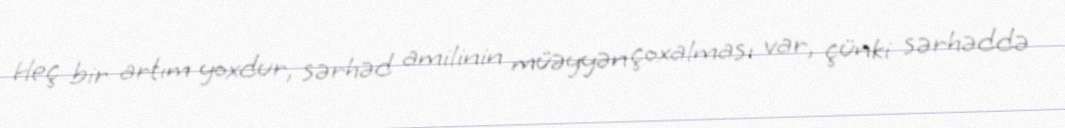
Heç bir artım yoxdur, sərhəd amilinin müəyyən çoxalması var, çünki sərhəddə